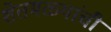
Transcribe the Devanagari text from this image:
शेतमळ्यांची